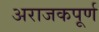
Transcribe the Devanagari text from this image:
अराजकपूर्ण